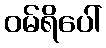
ဝမ်ရိပေါ်